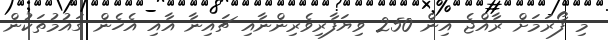
މި ފޯރަމަށް ރާއްޖެ އިން 250 ވިޔަފާރިވެރިންނާއި ޗައިނާ އާއި އެހެން ގައުމުތަކުން